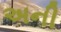
અની